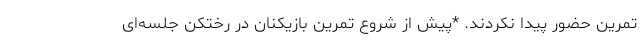
تمرین حضور پیدا نکردند. *پیش از شروع تمرین بازیکنان در رختکن جلسه‌ای